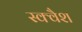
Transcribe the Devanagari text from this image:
स्‍क्‍वैश